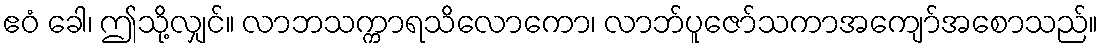
ဧဝံ ခေါ၊ ဤသို့လျှင်။ လာဘသက္ကာရသိလောကော၊ လာဘ်ပူဇော်သကာအကျော်အစောသည်။